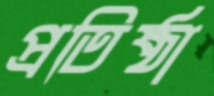
প্রতিষ্ঠা